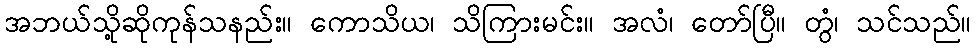
အဘယ်သို့ဆိုကုန်သနည်း။ ကောသိယ၊ သိကြားမင်း။ အလံ၊ တော်ပြီ။ တွံ၊ သင်သည်။